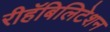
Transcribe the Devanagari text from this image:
रीहॅबिलिटेशन